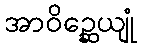
အာဝိဉ္ဆေယျုံ